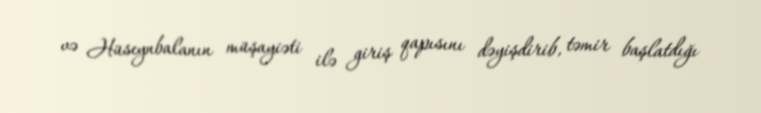
və Hüseynbalanın müşayiəti ilə giriş qapısını dəyişdirib, təmir başlatdığı